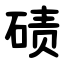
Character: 碛